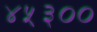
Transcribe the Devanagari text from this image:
४५३००